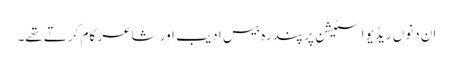
ان دنوں ریڈیو اسٹیشن پر پندرہ بیس ادیب اور شاعر کام کرتے تھے۔